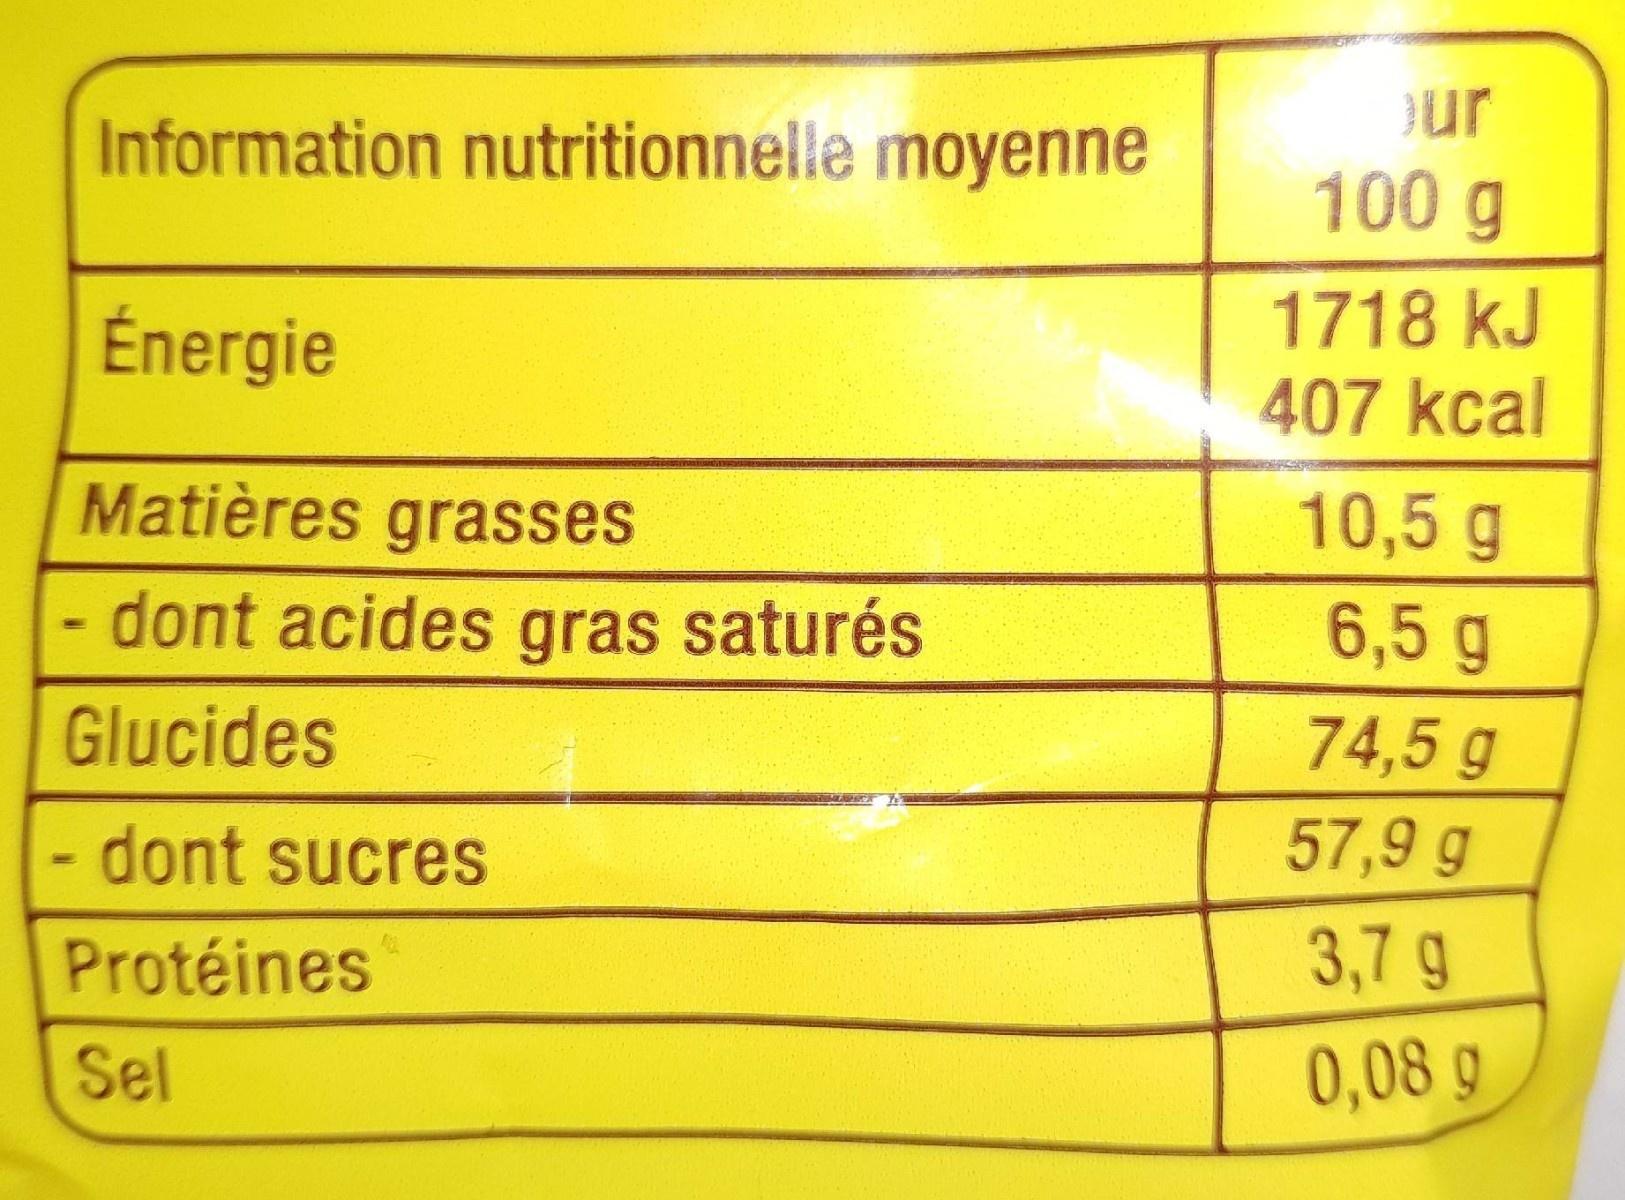
Information nutritionnelle moyenne
Énergie
Matières grasses
- dont acides gras saturés
Glucides
- dont sucres
Protéines
Sel
our
100 g
1718 kJ
407 kcal
10,5 g
6,5 g
74,5 g
57,9 g
3,7 g
0,08 g